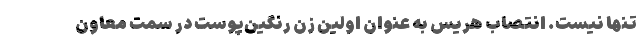
تنها نیست. انتصاب هریس به عنوان اولین زن رنگین‌پوست در سمت معاون